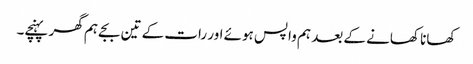
کھانا کھانے کے بعد ہم واپس ہوئے اور رات کے تین بجے ہم گھر پہنچے۔